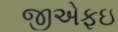
જીએફઇ